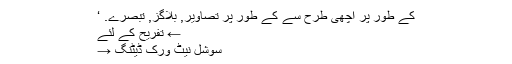
کے طور پر اچھی طرح سے کے طور پر تصاویر, بلاگز, تبصرے. ‘
← تفریح کے لئے
سوشل نیٹ ورک ڈیٹنگ →